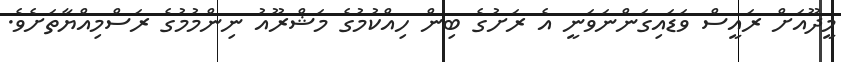
މީދޫއަށް ރައީސް ވަޑައިގަންނަވަނީ އެ ރަށުގެ ބިން ހިއްކުމުގެ މަޝްރޫއު ނިންމުމުގެ ރަސްމިއްޔާތަށެވެ.